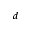
^ { d }